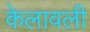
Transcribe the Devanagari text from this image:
केलावली